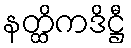
နတ္ထိကဒိဋ္ဌီ